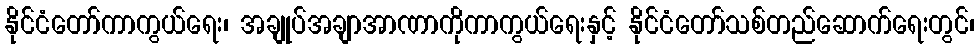
နိုင်ငံတော်ကာကွယ်ရေး၊ အချုပ်အချာအာဏာကိုကာကွယ်ရေးနှင့် နိုင်ငံတော်သစ်တည်ဆောက်ရေးတွင်၊